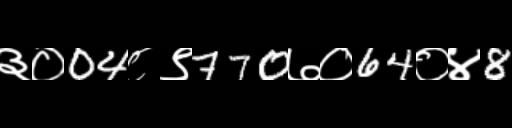
Text: ३०04८९770७०64०४8